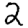
Digit: 2